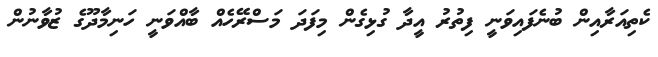
ކެތިއަރާއިން ބުނެފައިވަނީ ފިތުރު އީދާ ގުޅިގެން މިފަދަ މަސްރޭހެއް ބާއްވަނީ ހަނިމާދޫގެ ޒުވާނުން